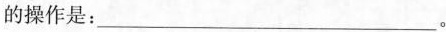
的操作是:___。